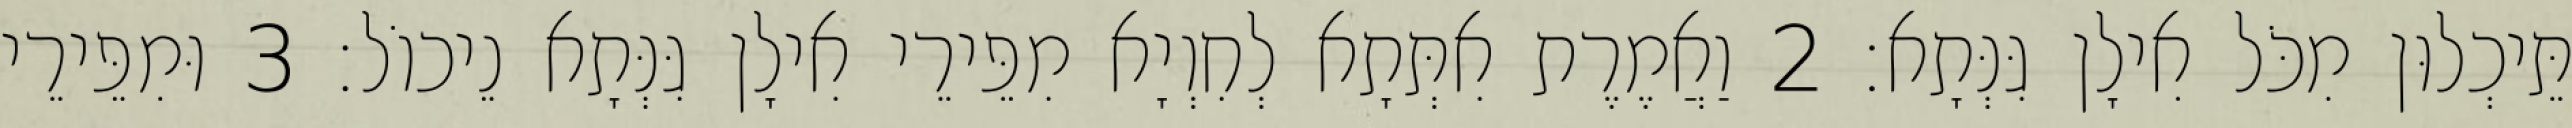
תֵּיכְלוּן מִכֹּל אִילָן גִּנְּתָא׃ 2 וַאֲמֶרֶת אִתְּתָא לְחִוְיָא מִפֵּירֵי אִילָן גִּנְּתָא נֵיכוֹל׃ 3 וּמִפֵּירֵי